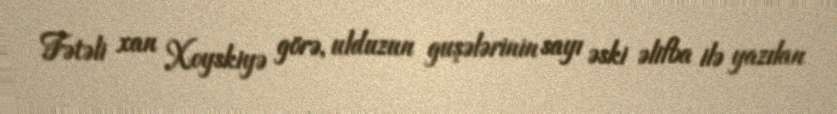
Fətəli xan Xoyskiyə görə, ulduzun guşələrinin sayı əski əlifba ilə yazılan